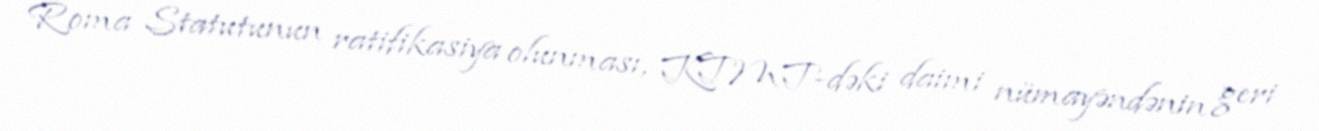
Roma Statutunun ratifikasiya olunması, KTMT-dəki daimi nümayəndənin geri